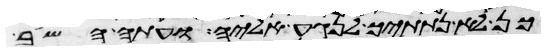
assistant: כן לא נתתיך לנגע אליה ועתה השב